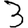
Digit: 3